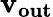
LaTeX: \mathbf{v_{out}}